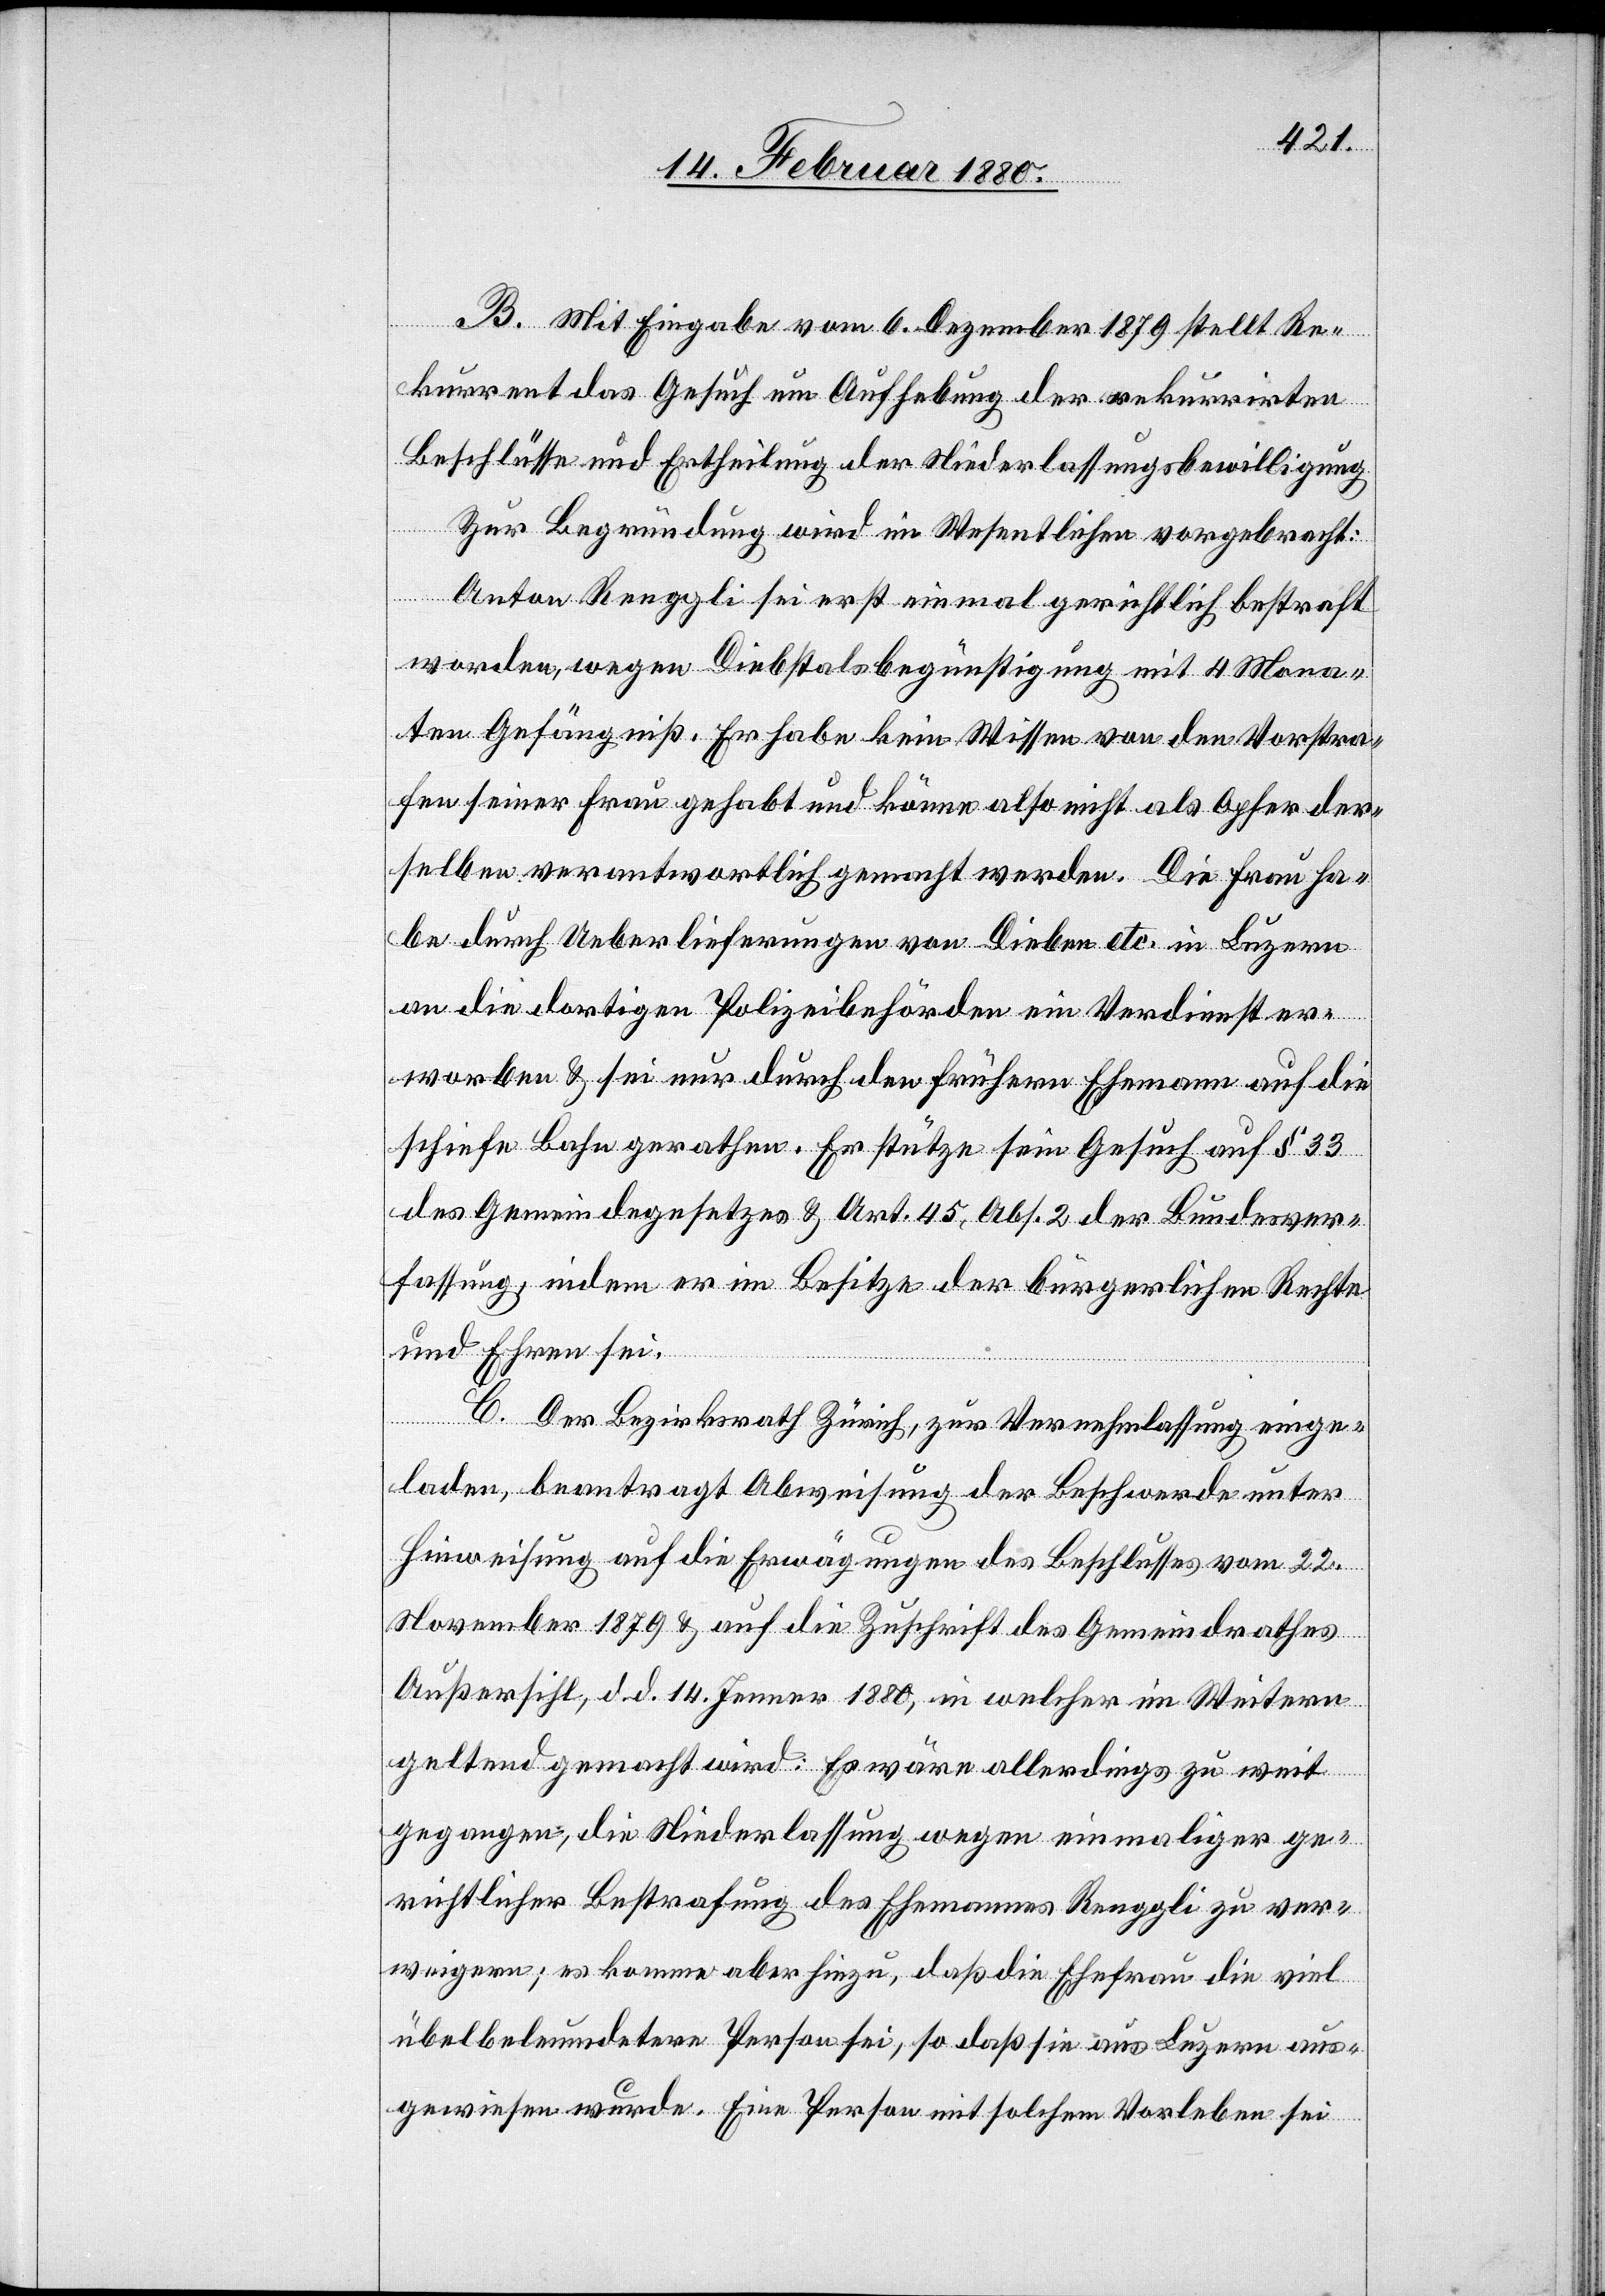
B. Mit Eingabe vom 6. Dezember 1879 stellt Re¬
kurrent das Gesuch um Aufhebung der rekurrirten
Beschlüsse und Ertheilung der Niederlassungsbewilligung.
Zur Begründung wird im Wesentlichen vorgebracht:
Anton Renggli sei erst einmal gerichtlich bestraft
worden, wegen Diebstalsbegünstigung mit 4 Mona¬
ten Gefängniß. Er habe kein Wissen von den Vorstra¬
fen seiner Frau gehabt und könne also nicht als Opfer der¬
selben verantwortlich gemacht werden. Die Frau ha¬
be durch Uberlieferungen von Dieben etc. in Luzern
an die dortigen Polizeibehörden ein Verdienst er¬
worben & sei nur durch den frühern Ehemann auf die
schiefe Bahn gerathen. Er stütze sein Ansuchen auf § 33
des Gemeindegesetzes & Art. 45, Abs. 2 der Bundesver¬
fassung, indem er im Besitze der bürgerlichen Rechte
und Ehren sei.
C. Der Bezirksrath Zürich, zur Vernehmlassung einge¬
laden, beantragt Abweisung der Beschwerde unter
Hinweisung auf die Erwägungen des Beschlusses vom 22.
November 1879 & auf die Zuschrift des Gemeindrathes
Außersihl, d. d. 14. Jenner 1880, in welcher im Weitern
geltend gemacht wird: Es wäre allerdings zu weit
gegangen, die Niederlassung wegen einmaliger ge¬
richtlicher Bestrafung des Ehemannes Renggli zu ver¬
weigern; es komme aber hinzu, daß die Ehefrau die viel
übelbeleumdetere Person sei, so daß sie aus Luzern aus¬
gewiesen wurde. Eine Person mit solchem Vorleben sei